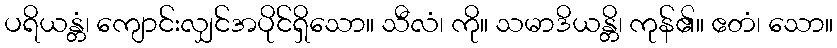
ပရိယန္တံ၊ ကျောင်းလျှင်အပိုင်ရှိသော။ သီလံ၊ ကို။ သမာဒိယန္တိ၊ ကုန်၏။ ဧတံ၊ သော။